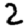
Digit: 2